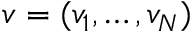
v = ( v _ { 1 } , \dots , v _ { N } )